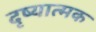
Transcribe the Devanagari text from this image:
दृष्यात्मक